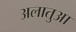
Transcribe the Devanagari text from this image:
अलातुआ